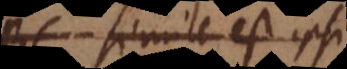
ABC, simile est ipsi